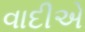
વાદીએ